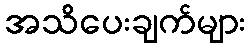
အသိပေးချက်များ